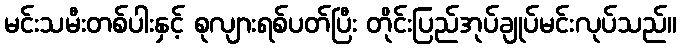
မင်းသမီးတစ်ပါးနှင့် စုလျားရစ်ပတ်ပြီး တိုင်းပြည်အုပ်ချုပ်မင်းလုပ်သည်။